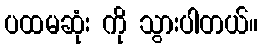
ပထမဆုံး ကို သွားပါတယ်။